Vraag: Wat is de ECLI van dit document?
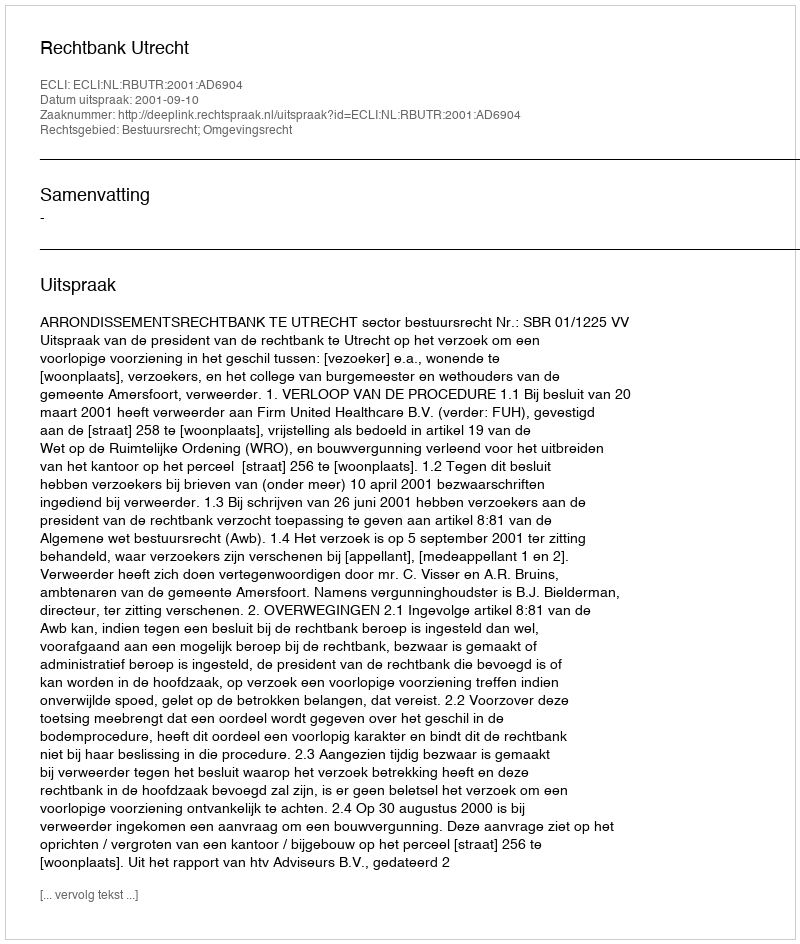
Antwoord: ECLI:NL:RBUTR:2001:AD6904